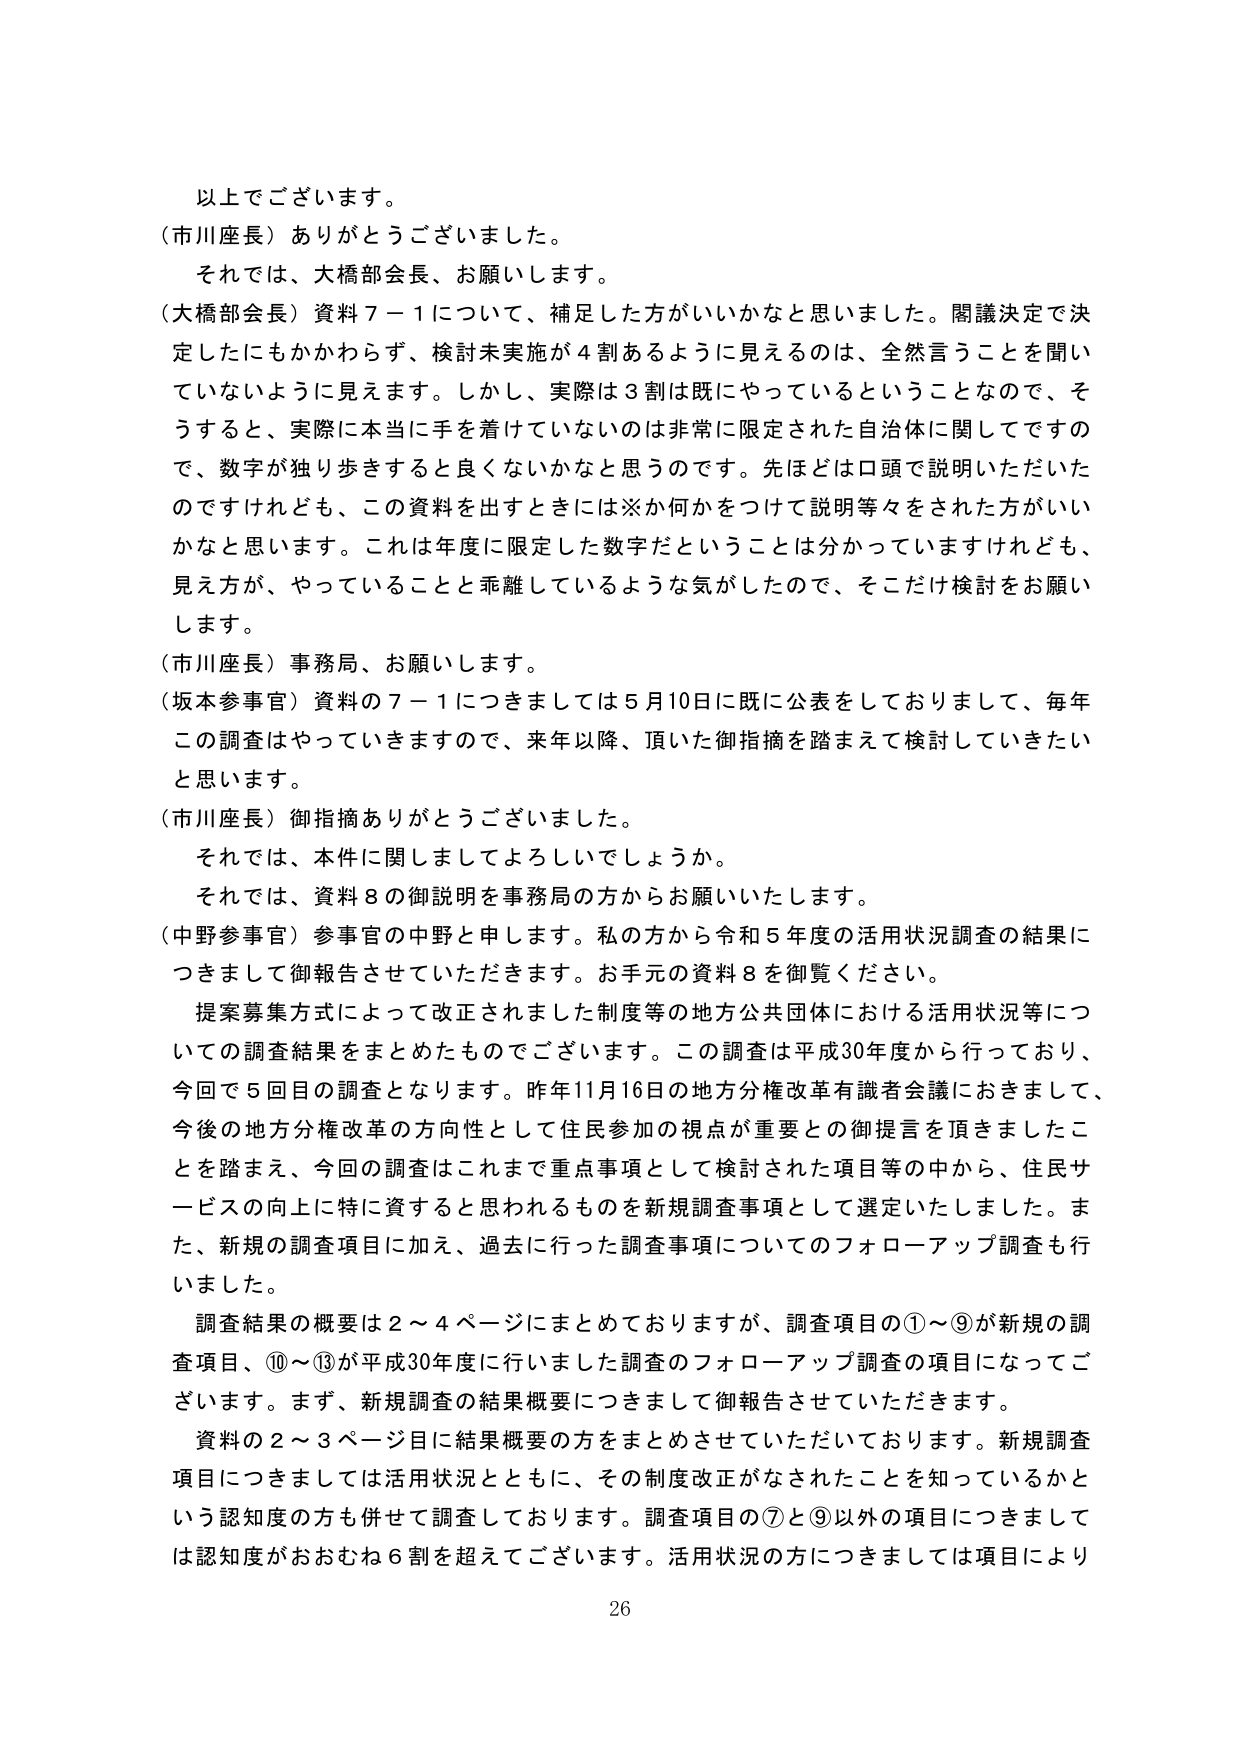
以上でございます。
（市川座長）ありがとうございました。
それでは、大橋部会長、お願いします。
（大橋部会長）資料７－１について、補足した方がいいかなと思いました。閣議決定で決定したにもかかわらず、検討未実施が４割あるように見えるのは、全然言うことを聞いていないように見えます。しかし、実際は３割は既にやっているということなので、そうすると、実際に本当に手を着けていないのは非常に限定された自治体に関してですので、数字が独り歩きすると良くないかなと思うのです。先ほどは口頭で説明いただいたのですけれども、この資料を出すときには※か何かをつけて説明等々をされた方がいいかなと思います。これは年度に限定した数字だということは分かっていますけれども、見え方が、やっていることと乖離しているような気がしたので、そこだけ検討をお願いします。
（市川座長）事務局、お願いします。
（坂本参事官）資料の７－１につきましては５月10日に既に公表をしておりまして、毎年この調査はやっていきますので、来年以降、頂いた御指摘を踏まえて検討していきたいと思います。
（市川座長）御指摘ありがとうございました。
それでは、本件に関しましてよろしいでしょうか。
それでは、資料８の御説明を事務局の方からお願いいたします。
（中野参事官）参事官の中野と申します。私の方から令和５年度の活用状況調査の結果につきまして御報告させていただきます。お手元の資料８を御覧ください。
提案募集方式によって改正されました制度等の地方公共団体における活用状況等についての調査結果をまとめたものでございます。この調査は平成30年度から行っており、今回で５回目の調査となります。昨年11月16日の地方分権改革有識者会議におきまして、今後の地方分権改革の方向性として住民参加の視点が重要との御提言を頂きましたことを踏まえ、今回の調査はこれまで重点事項として検討された項目等の中から、住民サービスの向上に特に資するとと思われるものを新規調査事項として選定いたしました。また、新規の調査項目に加え、過去に行った調査事項についてのフォローアップ調査も行いました。
調査結果の概要は２～４ページにまとめておりますが、調査項目の①～⑨が新規の調査項目、⑩～⑬が平成30年度に行いました調査のフォローアップ調査の項目になってございます。まず、新規調査の結果概要につきまして御報告させていただきます。
資料の２～３ページ目に結果概要の方をまとめさせていただいております。新規調査項目につきましては活用状況とともに、その制度改正がなされたことを知っているかという認知度の方も併せて調査しております。調査項目の⑦と⑨以外の項目につきましては認知度がおおむね６割を超えてございます。活用状況の方につきましては項目により
26